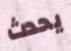
يحدث